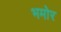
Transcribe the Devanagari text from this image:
भमोर